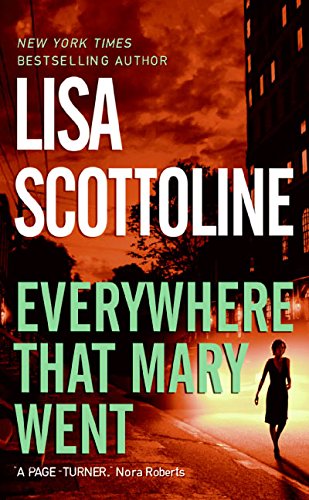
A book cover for Everywhere That Mary Went (Rosato & Associates Series); Lisa Scottoline; Mystery, Thriller & Suspense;